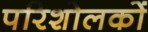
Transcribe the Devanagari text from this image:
परिशोलकों